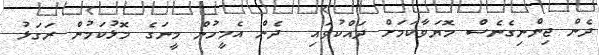
ދެން ޖިންނިގެނެސް މޮޔަވާކަމަށް ދައްކުވައި  ދެން އެމީހުން މީނަގެ މޮޅުކަމުން ރަގަޅު